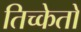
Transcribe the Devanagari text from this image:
तिच्केतों